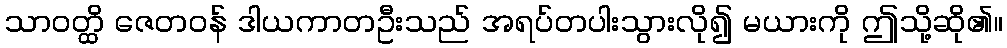
သာဝတ္ထိ ဇေတဝန် ဒါယကာတဦးသည် အရပ်တပါးသွားလို၍ မယားကို ဤသို့ဆို၏။